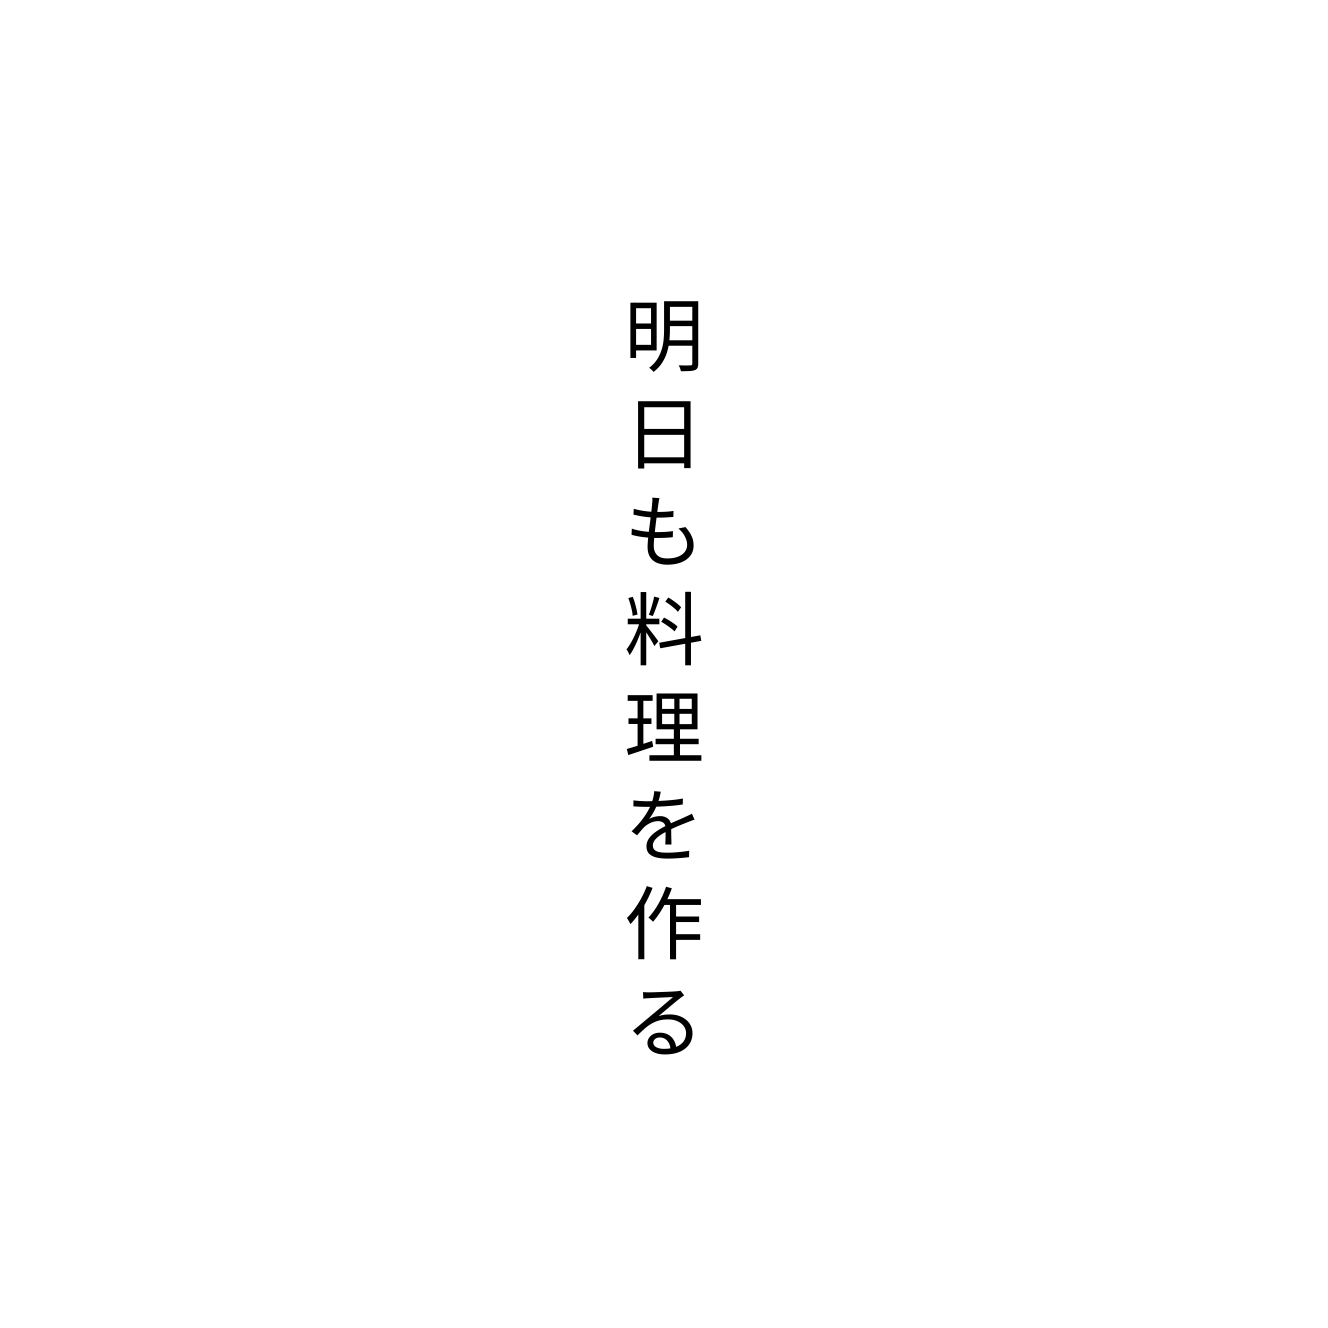
明日も料理を作る